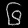
Digit: ၆